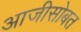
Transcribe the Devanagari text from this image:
आजीसोबत